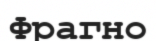
Фрагно